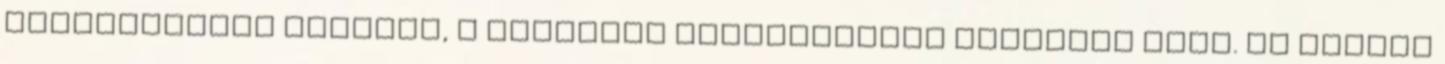
kereskedelmi útvonal, a Selyemút legfontosabb állomása volt. Az iszlám